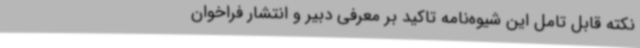
نکته قابل تامل این شیوه‌نامه تاکید بر معرفی دبیر و انتشار فراخوان